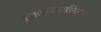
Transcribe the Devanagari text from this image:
अकालवत्सनिर्मोक्ता